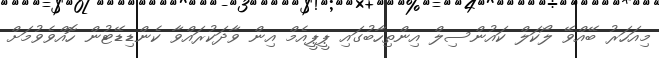
މިއަހަރު ބޭއްވޭ ލޯކަލް ކައުންސިލް އިންތިހާބުގައި ޕީޕީއެމް އިން ވާދަކުރައްވާ ކެންޑިޑޭޓުން ހޮއްވެވުމަށް